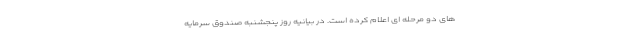
های دو مرحله ای اعلام کرده است. در بیانیه روز پنجشنبه صندوق سرمایه